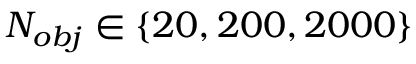
N _ { o b j } \in \{ 2 0 , 2 0 0 , 2 0 0 0 \}